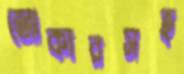
জোকারসহ